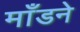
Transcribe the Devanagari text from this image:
माँडने